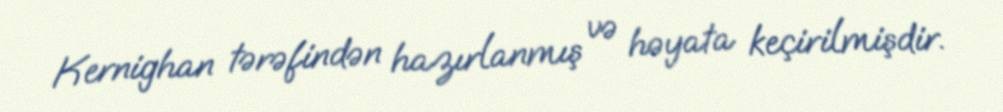
Kernighan tərəfindən hazırlanmış və həyata keçirilmişdir.